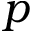
\boldsymbol { p }